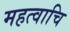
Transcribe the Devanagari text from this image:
महत्वाचि